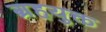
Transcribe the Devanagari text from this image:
ग्रहयुक्त